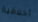
أخلاقية